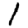
Digit: 1